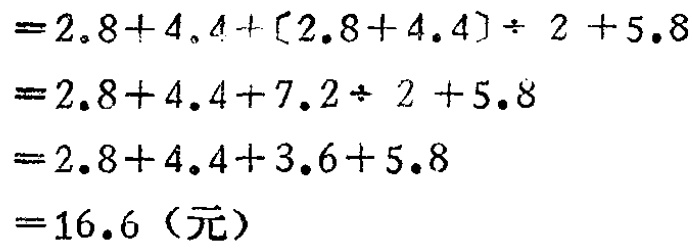
\[
\begin{align*}
&=2.8 + 4.4+(2.8 + 4.4)\div2 + 5.8\\
&=2.8 + 4.4+7.2\div2 + 5.8\\
&=2.8 + 4.4+3.6 + 5.8\\
&=16.6 (\text{元})
\end{align*}
\]